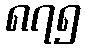
၈၇၅